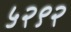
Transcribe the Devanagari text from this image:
५२९२